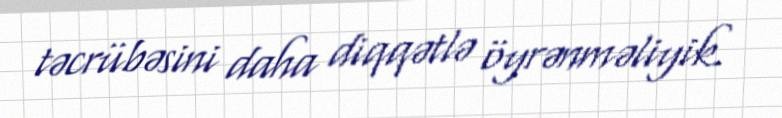
təcrübəsini daha diqqətlə öyrənməliyik.